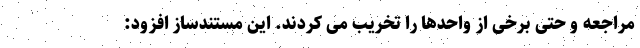
مراجعه و حتی برخی از واحدها را تخریب می کردند. این مستندساز افزود: